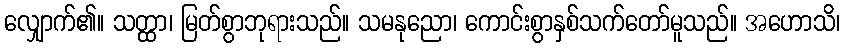
လျှောက်၏။ သတ္ထာ၊ မြတ်စွာဘုရားသည်။ သမနုညော၊ ကောင်းစွာနှစ်သက်တော်မူသည်။ အဟောသိ၊